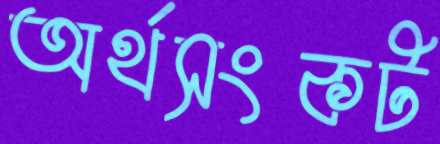
অর্থসংকট